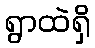
ရွာထဲရှိ